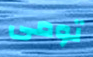
تومى